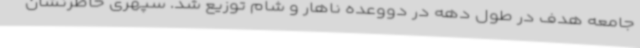
جامعه هدف در طول دهه در دووعده ناهار و شام توزیع شد. سپهری خاطرنشان